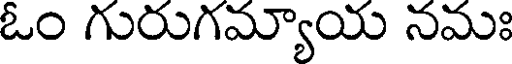
ఓం గురుగమ్యాయ నమః